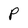
Character: P